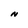
Character: N